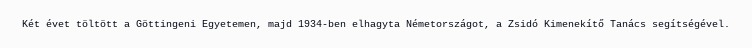
Két évet töltött a Göttingeni Egyetemen, majd 1934-ben elhagyta Németországot, a Zsidó Kimenekítő Tanács segítségével.